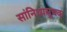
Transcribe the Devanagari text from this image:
सांनिध्यसूचक